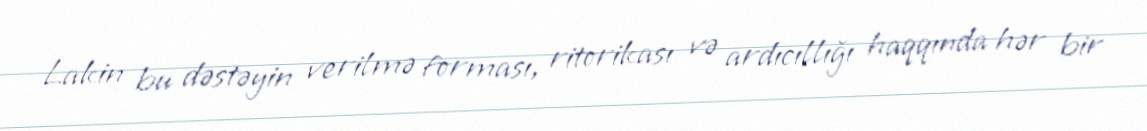
Lakin bu dəstəyin verilmə forması, ritorikası və ardıcıllığı haqqında hər bir